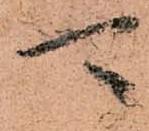
可